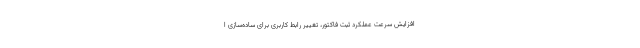
افزایش سرعت عملکرد ثبت فاکتور، تغییر رابط کاربری برای ساده‌سازی ا